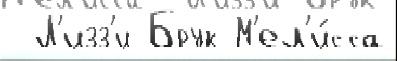
 Л'изз'и Брук М'ел'и́сса